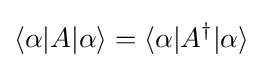
\langle \alpha |A|\alpha \rangle =\langle \alpha |A^{\dagger }|\alpha \rangle